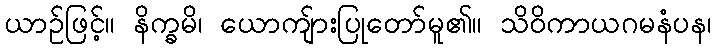
ယာဉ်ဖြင့်။ နိက္ခမိ၊ ယောကျ်ားပြုတော်မူ၏။ သိဝိကာယဂမနံပန၊